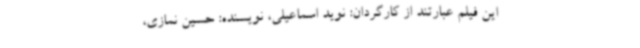
این فیلم عبارتند از کارگردان: نوید اسماعیلی، نویسنده: حسین نمازی،